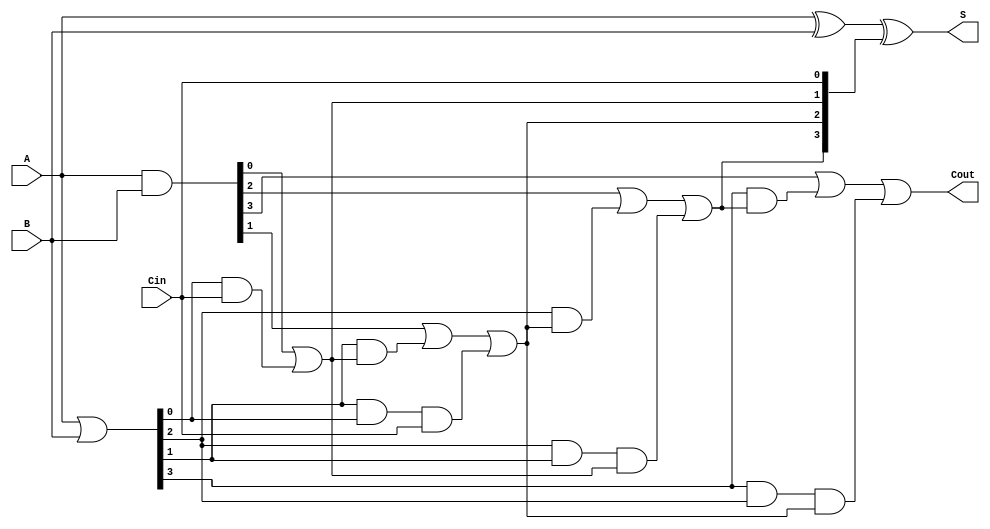
module carry_lookahead_adder #(parameter n = 4) (
    input [n-1:0] A,    // First n-bit binary number
    input [n-1:0] B,    // Second n-bit binary number
    input Cin,          // Carry-in
    output [n-1:0] S,   // Sum output
    output Cout         // Carry-out
);

// Generate and propagate signals
wire [n-1:0] G; // Generate signals
wire [n-1:0] P; // Propagate signals
wire [n:0] C;   // Carry signals (C[0] is Cin)

// Generate and propagate logic
assign G = A & B;          // G[i] = A[i] & B[i]
assign P = A | B;          // P[i] = A[i] | B[i]

// Carry generation logic
assign C[0] = Cin;         // Initial carry-in
genvar i;
generate
    for (i = 0; i < n; i = i + 1) begin : generate_carry
        if (i == 0) begin
            assign C[i + 1] = G[i] | (P[i] & C[i]);  // C[1]
        end else begin
            assign C[i + 1] = G[i] | (P[i] & C[i]) | (P[i] & P[i - 1] & C[i - 1]); // C[i + 1]
        end
    end
endgenerate

// Sum calculation
assign S = A ^ B ^ C[n-1:0]; // S[i] = A[i] ^ B[i] ^ C[i]

// Final carry-out
assign Cout = C[n]; // Carry-out is the last carry generated

endmodule